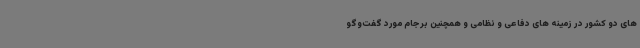
های دو کشور در زمینه های دفاعی و نظامی و همچنین برجام مورد گفت‌وگو